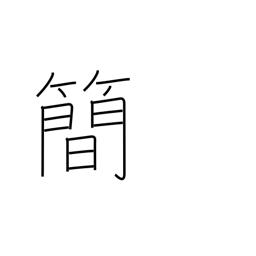
Meaning: brevity